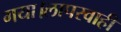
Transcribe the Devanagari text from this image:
गया।लापरवाही